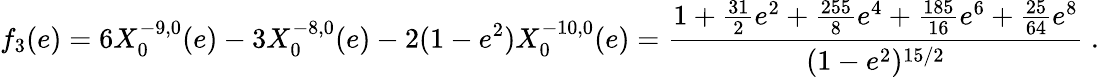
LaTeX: f_{3}(e)=6X_{0}^{-9,0}(e)-3X_{0}^{-8,0}(e)-2(1-e^{2})X_{0}^{-10,0}(e)=\frac{1+\frac{31}{2}e^{2}+\frac{255}{8}e^{4}+\frac{185}{16}e^{6}+\frac{25}{64}e^{8}}{(1-e^{2})^{15/2}}\ .